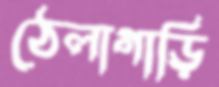
ঠেলাগাড়ি